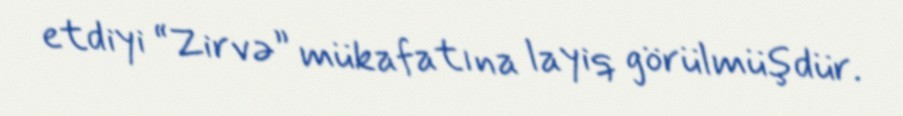
etdiyi “Zirvə” mükafatına layiq görülmüşdür.